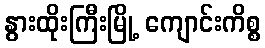
နွားထိုးကြီးမြို့ ကျောင်းကိစ္စ